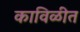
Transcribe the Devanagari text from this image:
काविळीत